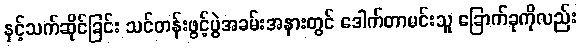
နှင့်သက်ဆိုင်ခြင်း သင်တန်းဖွင့်ပွဲအခမ်းအနားတွင် ဒေါက်တာမင်းသူ ခြောက်ခုကိုလည်း